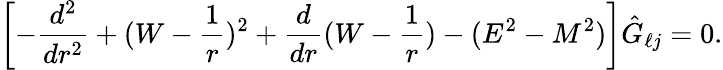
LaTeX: \left[-{\frac{d^{2}}{dr^{2}}}+(W-{\frac{1}{r}})^{2}+\frac{d}{dr}(W-{\frac{1}{r}})-(E^{2}-M^{2})\right]\hat{G}_{\ell j}=0.